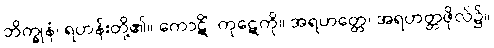
ဘိက္ခုနံ၊ ရဟန်းတို့၏။ ကောဋိံ၊ ကုဋေကို။ အရဟတ္တေ၊ အရဟတ္တဖိုလ်၌။